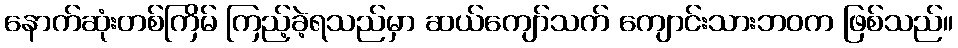
နောက်ဆုံးတစ်ကြိမ် ကြည့်ခဲ့ရသည်မှာ ဆယ်ကျော်သက် ကျောင်းသားဘဝက ဖြစ်သည်။